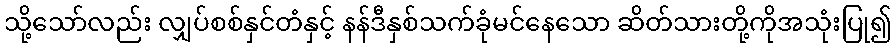
သို့သော်လည်း လျှပ်စစ်နှင်တံနှင့် နန်ဒီနှစ်သက်ခုံမင်နေသော ဆိတ်သားတို့ကိုအသုံးပြု၍